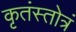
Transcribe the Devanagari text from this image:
कृतंस्तोत्रं